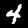
Label: 4